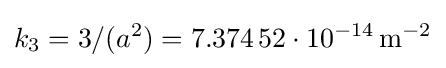
k_{3}=3/(a^{2})=7{.}374\,52\cdot 10^{-14}\,\mathrm {m^{-2}}